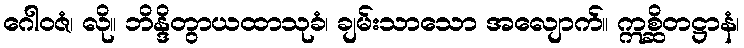
ဂေါဝဇံ၊ လို။ ဘိန္ဒိတွာယထာသုခံ၊ ချမ်းသာသော အလျောက်။ ဣစ္ဆိတဋ္ဌာနံ၊